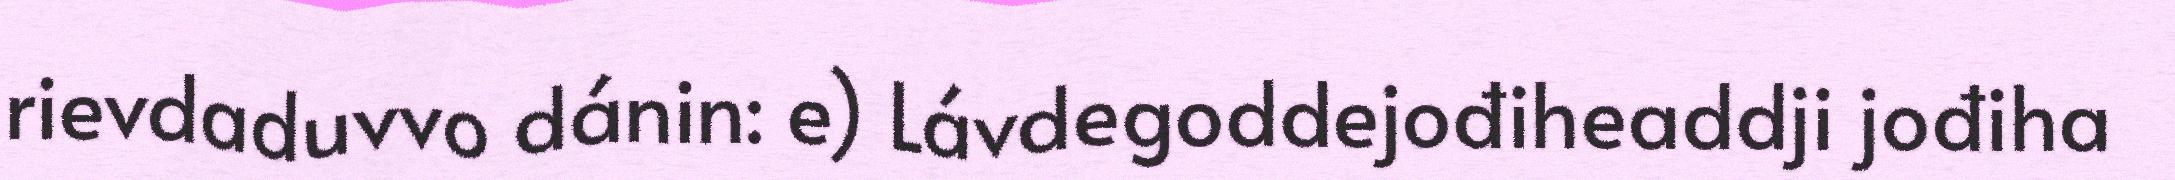
rievdaduvvo dánin: e) Lávdegoddejođiheaddji jođiha